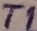
Text: T1